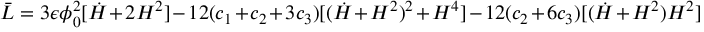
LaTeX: \bar { L } = 3 \epsilon \phi _ { 0 } ^ { 2 } [ \dot { H } + 2 H ^ { 2 } ] - 1 2 ( c _ { 1 } + c _ { 2 } + 3 c _ { 3 } ) [ ( \dot { H } + H ^ { 2 } ) ^ { 2 } + H ^ { 4 } ] - 1 2 ( c _ { 2 } + 6 c _ { 3 } ) [ ( \dot { H } + H ^ { 2 } ) H ^ { 2 } ]